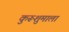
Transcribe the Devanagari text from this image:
कुरूशुमाला